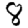
Digit: 8